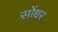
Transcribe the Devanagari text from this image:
सोंधर